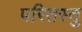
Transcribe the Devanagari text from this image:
परितस्तु